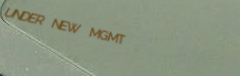
UNDER NEW MGMT